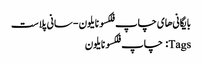
بایگانی‌های چاپ فلکسو نایلون - سانی پلاست
Tags: چاپ فلکسو نایلون